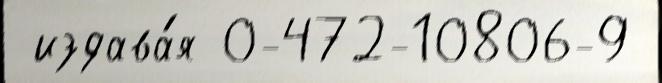
 издава́я 0-472-10806-9